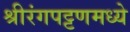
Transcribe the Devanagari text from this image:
श्रीरंगपट्टणमध्ये